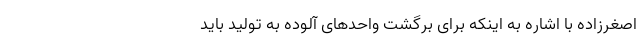
اصغرزاده با اشاره به اینکه برای برگشت واحد‌های آلوده به تولید باید